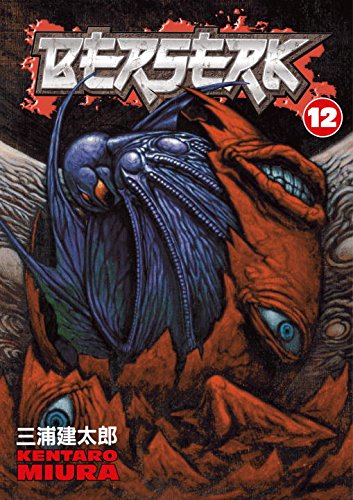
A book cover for Berserk, Vol. 12; Kentaro Miura; Comics & Graphic Novels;